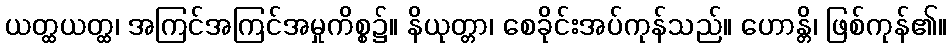
ယတ္ထယတ္ထ၊ အကြင်အကြင်အမှုကိစ္စ၌။ နိယုတ္တာ၊ စေခိုင်းအပ်ကုန်သည်။ ဟောန္တိ၊ ဖြစ်ကုန်၏။